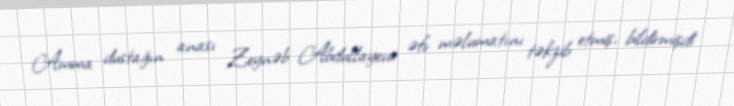
Amma dustağın anası Zeynəb Abdullayeva əfv məlumatını təkzib etmiş, bildirmişdi